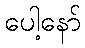
ပေါ့နော်